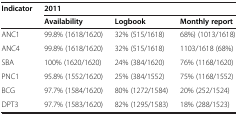
<table><thead><tr><td><b>Indicator</b></td><td colspan="3"><b>2011</b></td></tr><tr><td><b> </b></td><td><b>Availability</b></td><td><b>Logbook</b></td><td><b>Monthly report</b></td></tr></thead><tbody><tr><td>ANC1</td><td>99.8% (1618/1620)</td><td>32% (515/1618)</td><td>68%) (1013/1618)</td></tr><tr><td>ANC4</td><td>99.8% (1618/1620)</td><td>32% (515/1618)</td><td>1103/1618 (68%)</td></tr><tr><td>SBA</td><td>100% (1620/1620)</td><td>24% (384/1620)</td><td>76% (1168/1620)</td></tr><tr><td>PNC1</td><td>95.8% (1552/1620)</td><td>25% (384/1552)</td><td>75% (1168/1552)</td></tr><tr><td>BCG</td><td>97.7% (1584/1620)</td><td>80% (1272/1584)</td><td>20% (252/1524)</td></tr><tr><td>DPT3</td><td>97.7% (1583/1620)</td><td>82% (1295/1583)</td><td>18% (288/1523)</td></tr></tbody></table>